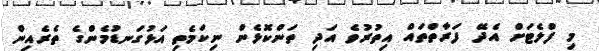
މި ފްލެޓަށް އެދޭ ފަރާތްތައް އިތުރުވެ އަދި ތަންކޮޅެން ނިކަމެތި އަޅުގަނޑުމެންގެ ތެރެއިން